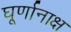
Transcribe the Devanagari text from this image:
घूर्णानाक्ष